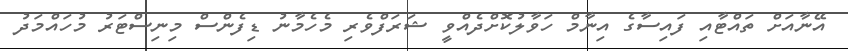
އޭނާއަށް ތައްޓާއި ފައިސާގެ އިނާމް ހަވާލުކޮށްދެއްވީ ޝަރަފްވެރި މެހެމާނު ޑިފެންސް މިނިސްޓަރު މުހައްމަދު